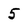
Character: 5